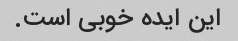
این ایده خوبی است.